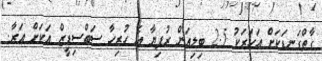
ގާތްގަނޑަކަށް އަހަރަކު 2.5 ބިލިއަން ރުފިޔާ އެ ހުރިހާ ސަބްސިޑީޒް އަކަށް އަރާ.